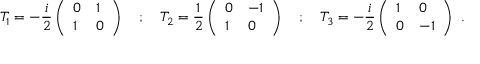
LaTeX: T _ { 1 } = - { \frac { i } { 2 } } \left( \begin{array} { l l } { { 0 } } & { { 1 } } \\ { { 1 } } & { { 0 } } \end{array} \right) ~ ~ ~ ; ~ ~ ~ T _ { 2 } = { \frac { 1 } { 2 } } \left( \begin{array} { l l } { { 0 } } & { { - 1 } } \\ { { 1 } } & { { 0 } } \end{array} \right) ~ ~ ~ ; ~ ~ ~ T _ { 3 } = - { \frac { i } { 2 } } \left( \begin{array} { l l } { { 1 } } & { { 0 } } \\ { { 0 } } & { { - 1 } } \end{array} \right) \ .